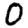
Digit: 0